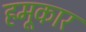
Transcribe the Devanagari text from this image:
हमूकार